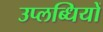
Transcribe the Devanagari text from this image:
उप्लब्धियों